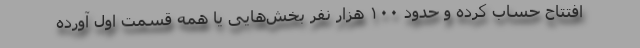
افتتاح حساب کرده و حدود ۱۰۰ هزار نفر بخش­‌هایی یا همه قسمت اول آورده